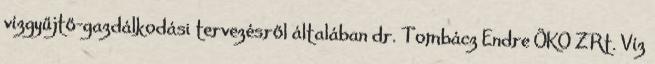
vízgyűjtő-gazdálkodási tervezésről általában dr. Tombácz Endre ÖKO ZRt. Víz